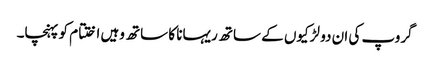
گروپ کی ان دو لڑکیوں کے ساتھ ریہانا کا ساتھ وہیں اختتام کو پہنچا۔